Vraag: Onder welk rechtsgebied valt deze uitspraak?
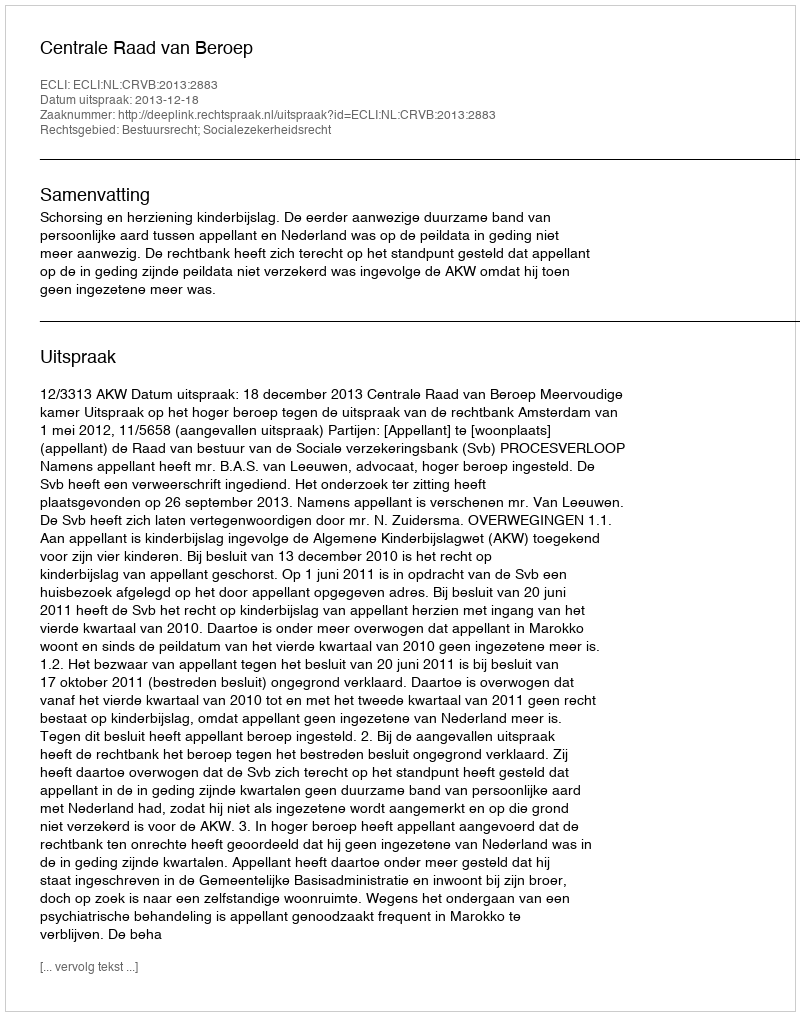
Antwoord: Bestuursrecht; Socialezekerheidsrecht